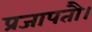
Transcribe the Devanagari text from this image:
प्रजापतौ।